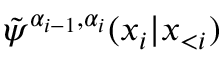
\tilde { \psi } ^ { \alpha _ { i - 1 } , \alpha _ { i } } ( x _ { i } | \boldsymbol x _ { < i } )